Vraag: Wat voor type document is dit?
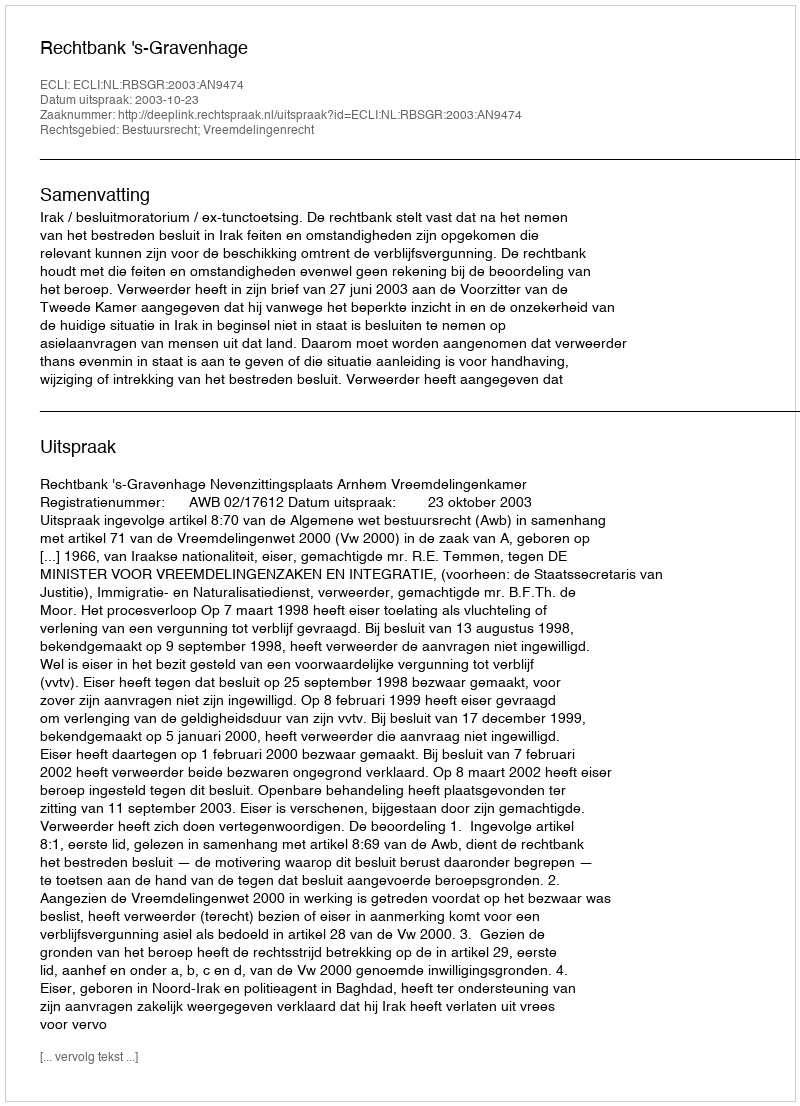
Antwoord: Uitspraak